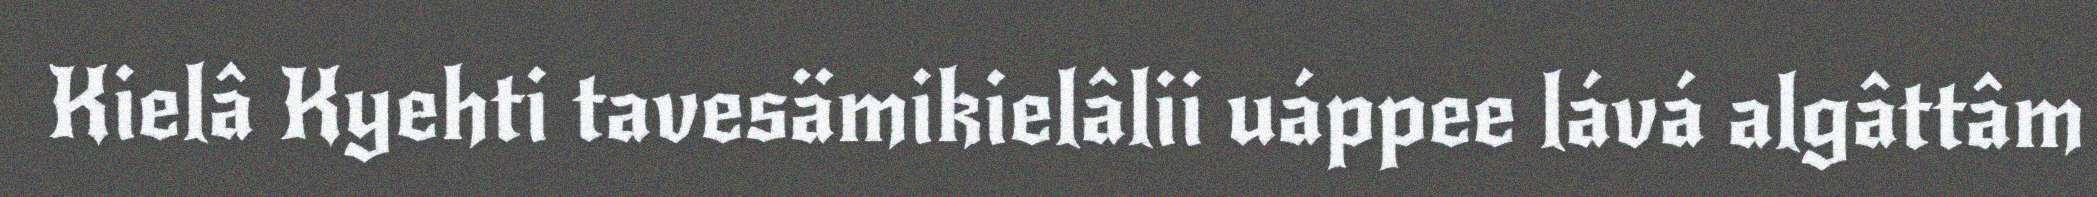
Kielâ Kyehti tavesämikielâlii uáppee lává algâttâm